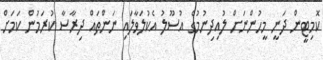
ކޮމިޓީން ދަނީ މީހުންނަށް ލުއިދިނުމުގެ އުސޫލު އެކުލަވާލައި ނަންތައް ދިރާސާ ކުރަމުން ކަމަށް